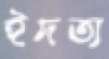
ইদত্য